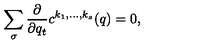
\sum _ { \sigma } { \frac { \partial } { \partial q _ { t } } } c ^ { k _ { 1 } , \ldots , k _ { s } } ( q ) = 0 ,